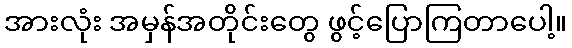
အားလုံး အမှန်အတိုင်းတွေ ဖွင့်ပြောကြတာပေါ့။